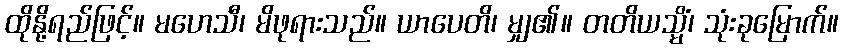
ထိုနို့ရည်ဖြင့်။ မဟေသီ၊ မိဖုရားသည်။ ယာပေတိ၊ မျှ၏။ တတိယသ္မိံ၊ သုံးခုမြောက်။